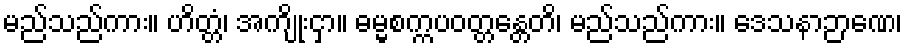
မည်သည်ကား။ ဟိတ္တံ၊ အကျိုးငှာ။ ဓမ္မစက္ကပဝတ္တန္တေတိ၊ မည်သည်ကား။ ဒေသနာဉာဏေ၊